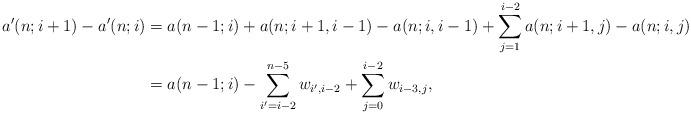
LaTeX: \begin{align*}a'(n;i+1)-a'(n;i)&=a(n-1;i)+a(n;i+1,i-1)-a(n;i,i-1)+\sum_{j=1}^{i-2}a(n;i+1,j)-a(n;i,j)\\&=a(n-1;i)-\sum_{i'=i-2}^{n-5}w_{i',i-2}+\sum_{j=0}^{i-2}w_{i-3,j},\end{align*}